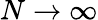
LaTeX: N\to\infty